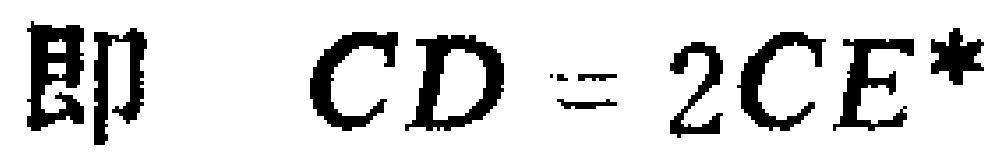
即 \(CD = 2CE^*\)